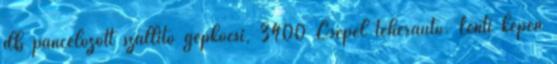
db páncélozott szállító gépkocsi, 3400 Csepel teherautó. Lenti képen